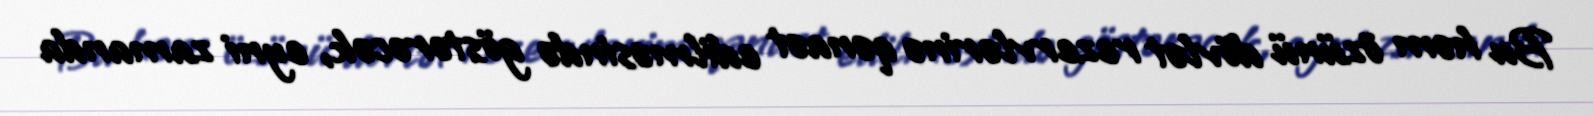
Bu həm özünü dövlət rezervlərinə qənaət edilməsində göstərəcək, eyni zamanda